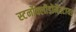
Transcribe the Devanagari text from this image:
स्टर्नोक्लीडोमैस्टायड